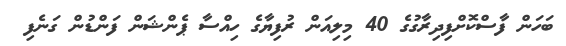
ބަހަން ފާސްކޮށްފިދިރާގުގެ 40 މިލިއަން ރުފިޔާގެ ހިއްސާ ޕެންޝަން ފަންޑުން ގަނެފި